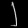
Digit: ၂